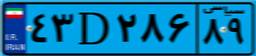
۷۵D۳۲۸۱۵